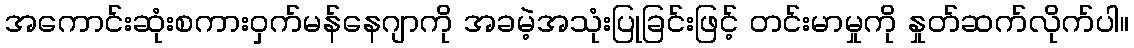
အကောင်းဆုံးစကားဝှက်မန်နေဂျာကို အခမဲ့အသုံးပြုခြင်းဖြင့် တင်းမာမှုကို နှုတ်ဆက်လိုက်ပါ။